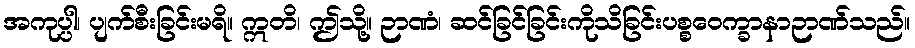
အကုပ္ပါ၊ ပျက်စီးခြင်းမရိ။ ဣတိ၊ ဤသို့။ ဉာဏံ၊ ဆင်ခြင်ခြင်းကိုသိခြင်းပစ္စဝေက္ခာနာဉာဏ်သည်။